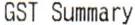
GST SUMMARY